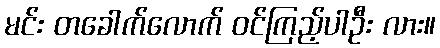
မင်း တခေါက်လောက် ဝင်ကြည့်ပါဦး လား။